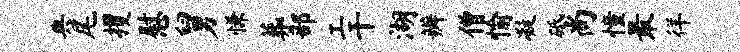
典尾攫慰舅慊葬部工干湖辨僧愉凝砥尚憧最徉